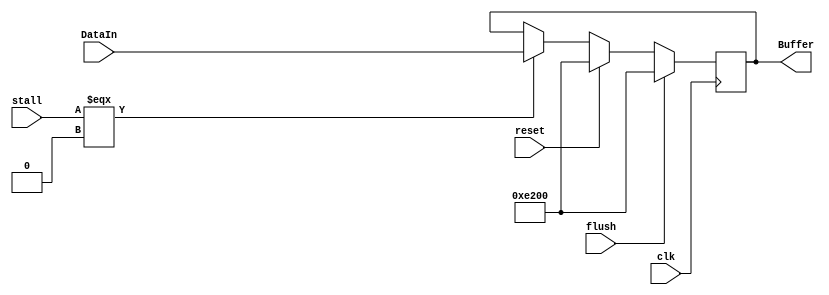
// WB|MW|MR|ALU|ALUOperation|Data1|Data2
module IF_ID(
    DataIn, Buffer, clk, reset, stall,flush
);
    input [48:0] DataIn;
    input clk,reset, stall,flush;
    output reg [48:0] Buffer;
    always @(posedge clk) begin
        if (flush==1'b1) begin
            Buffer={1'b0,32'd0,8'b11_100_010,8'd0};
        end
        else if(reset==1'b1)
            Buffer={1'b0,32'd0,8'b11_100_010,8'd0};
        else if (stall===1'b0)
            Buffer = DataIn;
    end
endmodule